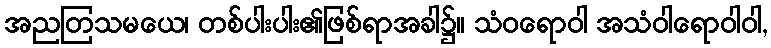
အညတြသမယေ၊ တစ်ပါးပါး၏ဖြစ်ရာအခါ၌။ သံဝရောဝါ အသံဝါရောဝါဝါ,